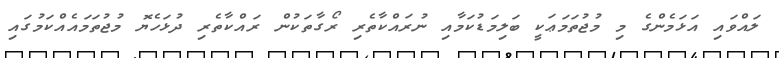
ލައްވައި އަޅަމެންގެ މި މުޖުތަމަޢަކީ ބަލިމަޑުކަމާއި ނުރައްކާތެރި ރޯގާތަކުން ރައްކާތެރި ދުޅަހެޔޮ މުޖުތަމައެއްކަމުގައި